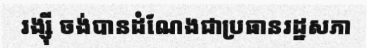
រង្ស៊ី ចង់បានដំណែងជាប្រធានរដ្ឋសភា